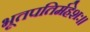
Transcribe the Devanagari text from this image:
भूतपतिर्महेशः।।